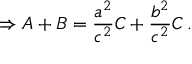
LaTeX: \Rightarrow A + B = { \frac { a ^ { 2 } } { c ^ { 2 } } } C + { \frac { b ^ { 2 } } { c ^ { 2 } } } C \, .